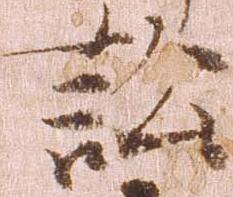
訟